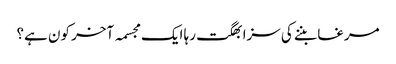
مرغا بننے کی سزا بھگت رہا ایک مجسمہ آخر کون ہے؟